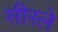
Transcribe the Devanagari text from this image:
सीरले